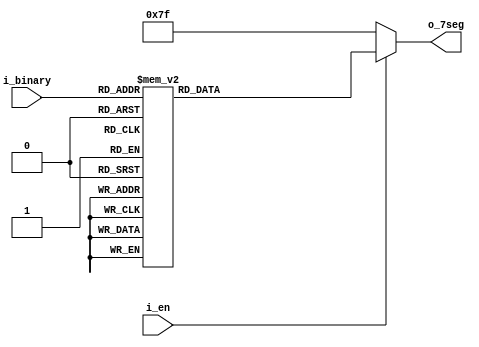
module led7_decoder(
    i_en,
    i_binary,
    o_7seg
);

    input i_en;
    input [3:0] i_binary;

    output [6:0] o_7seg;

    reg [6:0] value_7seg;

    always @ (i_binary) begin
        case (i_binary)
            4'h0: value_7seg = 7'b1000000;
            4'h1: value_7seg = 7'b1111001;
            4'h2: value_7seg = 7'b0100100;
            4'h3: value_7seg = 7'b0110000;
            4'h4: value_7seg = 7'b0011001;
            4'h5: value_7seg = 7'b0010010;
            4'h6: value_7seg = 7'b0000010;
            4'h7: value_7seg = 7'b1111000;
            4'h8: value_7seg = 7'b0000000;
            4'h9: value_7seg = 7'b0010000;
            4'hA: value_7seg = 7'b0001000;
            4'hB: value_7seg = 7'b0000011;
            4'hC: value_7seg = 7'b1000110;
            4'hD: value_7seg = 7'b0100001;
            4'hE: value_7seg = 7'b0000110;
            4'hF: value_7seg = 7'b0001110;
            default: value_7seg = 7'b1111111;
        endcase
    end

    assign o_7seg = i_en ? value_7seg : 7'b1111111;

endmodule